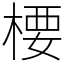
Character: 楆